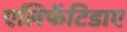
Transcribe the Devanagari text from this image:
एलिफेंटिडाए